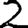
Digit: 2